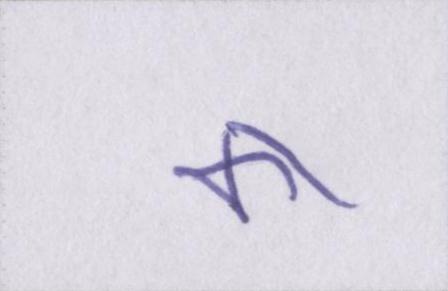
का